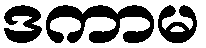
ဒကာမ